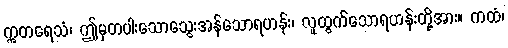
ဣတရေသံ၊ ဤမှတပါးသောသွေးအန်သောရဟန်း၊ လူထွက်သောရဟန်းတို့အား။ ကထံ၊